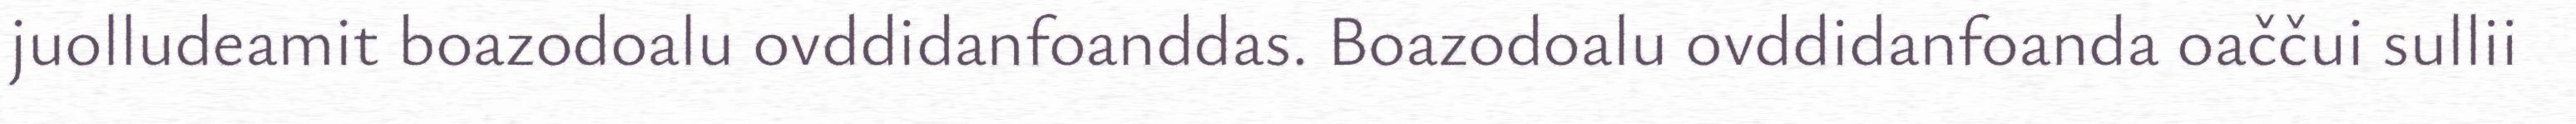
juolludeamit boazodoalu ovddidanfoanddas. Boazodoalu ovddidanfoanda oaččui sullii